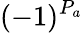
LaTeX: (-1)^{P_{a}}